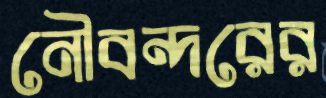
নৌবন্দরের